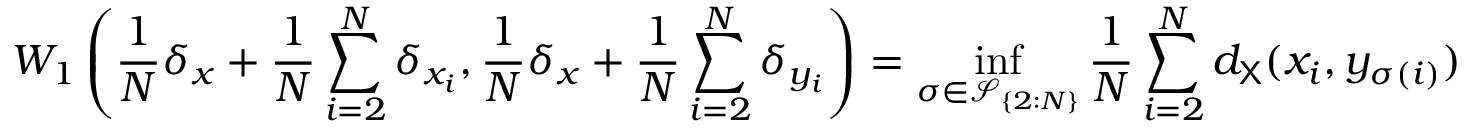
W _ { 1 } \left( \frac { 1 } { N } \delta _ { x } + \frac { 1 } { N } \sum _ { i = 2 } ^ { N } \delta _ { x _ { i } } , \frac { 1 } { N } \delta _ { x } + \frac { 1 } { N } \sum _ { i = 2 } ^ { N } \delta _ { y _ { i } } \right) = \operatorname* { i n f } _ { \sigma \in { \mathcal S } _ { \{ 2 : N \} } } \frac { 1 } { N } \sum _ { i = 2 } ^ { N } d _ { { \mathsf X } } ( x _ { i } , y _ { \sigma ( i ) } )